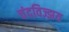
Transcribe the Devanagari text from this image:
चंदविज्झय